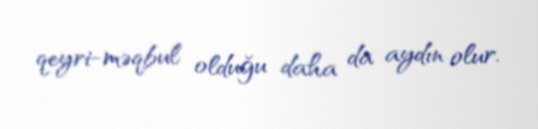
qeyri-məqbul olduğu daha da aydın olur.